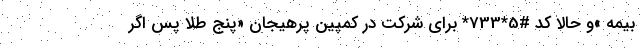
بیمه »و حالا کد #5*733* برای شرکت در کمپین پرهیجان «پنجِ طلا پس اگر